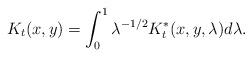
LaTeX: \begin{align*}K_{t}(x,y)=\int_{0}^{1}\lambda^{-1/2}K_{t}^{*}(x,y,\lambda)d\lambda.\end{align*}